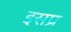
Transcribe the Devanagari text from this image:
इसप्र